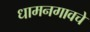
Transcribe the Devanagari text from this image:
धामनगावचे